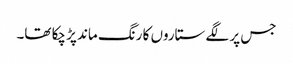
جس پر لگے ستاروں کا رنگ ماند پڑ چکا تھا۔